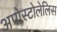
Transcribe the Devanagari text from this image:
अपोस्टोलेलिस